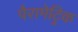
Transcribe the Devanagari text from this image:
पैरामेट्रिक